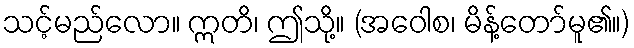
သင့်မည်လော။ ဣတိ၊ ဤသို့။ (အဝေါစ၊ မိန့်တော်မူ၏။)